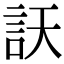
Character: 䚶